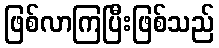
ဖြစ်လာကြပြီးဖြစ်သည်